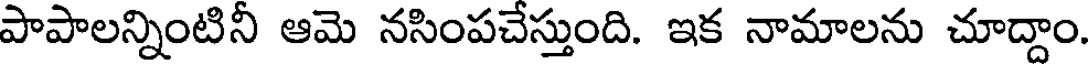
పాపాలన్నింటినీ ఆమె నసింపచేస్తుంది. ఇక నామాలను చూద్దాం.